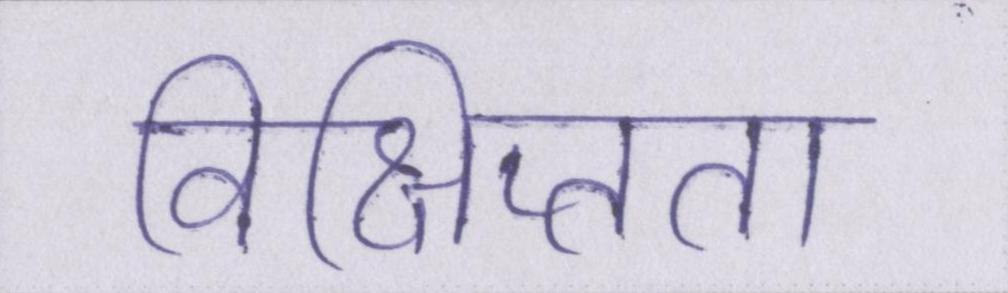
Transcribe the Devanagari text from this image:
विक्षिप्तता